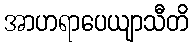
အာဟရာပေယျာသီတိ